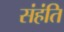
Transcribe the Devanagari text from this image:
संहंति